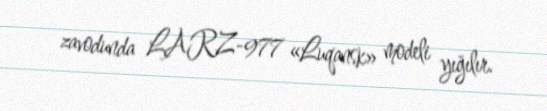
zavodunda LARZ-977 «Luqansk» modeli yığılır.